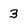
Character: 3